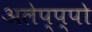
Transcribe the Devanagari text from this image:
अलेप्प्पो